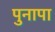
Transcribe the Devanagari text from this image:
पुनापा